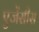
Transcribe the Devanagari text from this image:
एजेंसीस